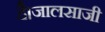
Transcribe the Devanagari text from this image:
है।जालसाजी